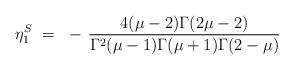
LaTeX: \begin{align*}\eta^S_1 ~=~ - \, \frac{4(\mu-2)\Gamma(2\mu-2)}{\Gamma^2(\mu-1)\Gamma(\mu+1)\Gamma(2-\mu)}\end{align*}